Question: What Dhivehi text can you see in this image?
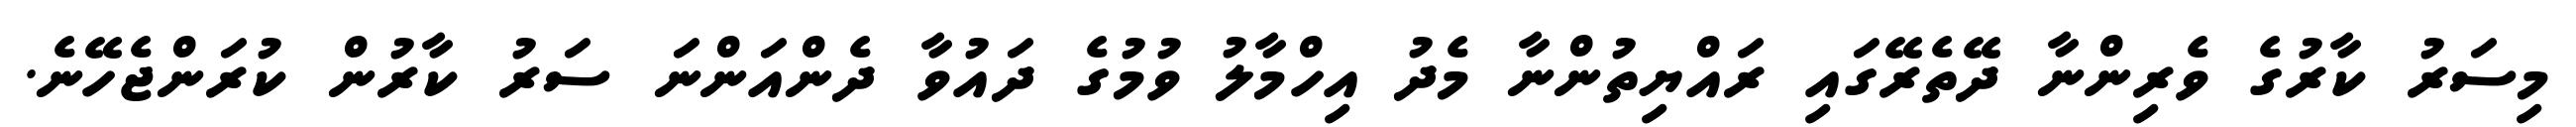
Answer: މިސަރު ކާރުގެ ވެރިންނާ ދޭތެރޭގައި ރައްޔިތުންނާ މެދު އިހްމާލު ވުމުގެ ދައުވާ ދެންއަންނަ ސަރު ކާރުން ކުރަންޖެހޭނެ.